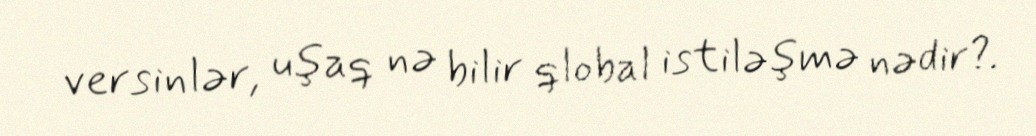
versinlər, uşaq nə bilir qlobal istiləşmə nədir?.